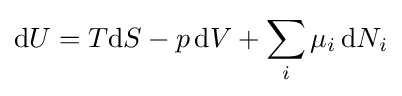
\mathrm {d} U=T\mathrm {d} S-p\,\mathrm {d} V+\sum _{i}\mu _{i}\,\mathrm {d} N_{i}